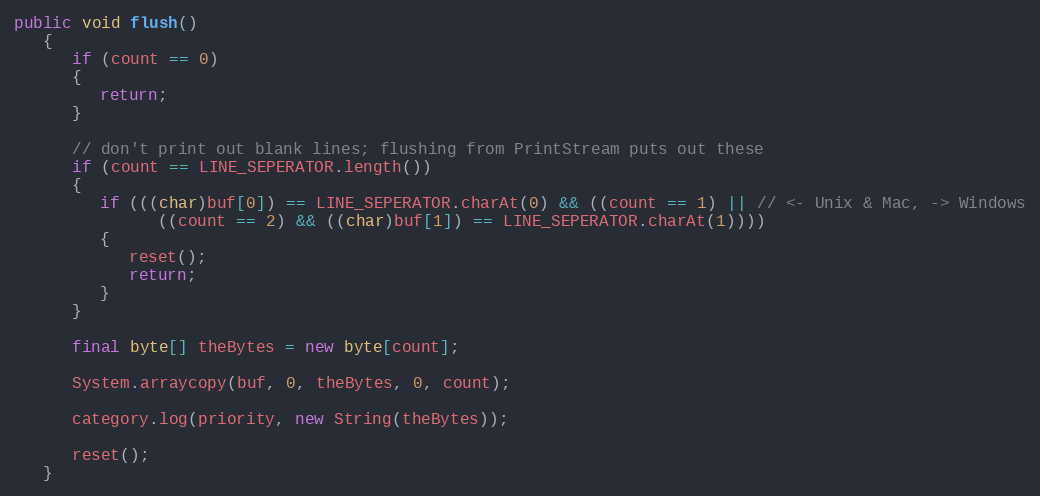
Language: Java
public void flush()
   {
      if (count == 0)
      {
         return;
      }

      // don't print out blank lines; flushing from PrintStream puts out these
      if (count == LINE_SEPERATOR.length())
      {
         if (((char)buf[0]) == LINE_SEPERATOR.charAt(0) && ((count == 1) || // <- Unix & Mac, -> Windows
               ((count == 2) && ((char)buf[1]) == LINE_SEPERATOR.charAt(1))))
         {
            reset();
            return;
         }
      }

      final byte[] theBytes = new byte[count];

      System.arraycopy(buf, 0, theBytes, 0, count);

      category.log(priority, new String(theBytes));

      reset();
   }